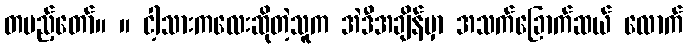
တပည့်တော်။ ။ ငါ့သားကလေးဆိုတဲ့သူက အဲဒီအချိန်မှာ အသက်ခြောက်ဆယ် လောက်